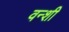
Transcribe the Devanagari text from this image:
वन्शी